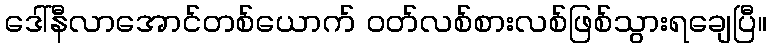
ဒေါ်နီလာအောင်တစ်ယောက် ဝတ်လစ်စားလစ်ဖြစ်သွားရချေပြီ။